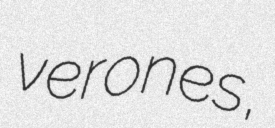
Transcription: verones,